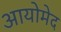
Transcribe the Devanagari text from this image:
आयोमेद